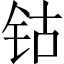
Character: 钴